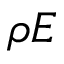
\rho E